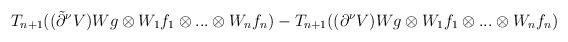
LaTeX: \begin{align*}T_{n+1}((\tilde\partial^\nu V)Wg\otimes W_1f_1\otimes...\otimes W_nf_n)-T_{n+1}((\partial^\nu V)Wg\otimes W_1f_1\otimes...\otimes W_nf_n)\end{align*}